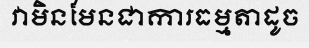
វាមិនមែនជាការធម្មតាដូច